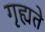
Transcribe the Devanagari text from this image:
गृह्यते